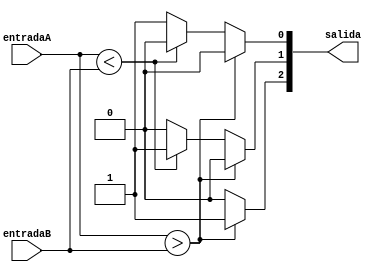
module comparador # ( 
	parameter bitsEntry = 4,
	parameter bitsOut = 3
	)(
	input [bitsEntry-1:0] entradaA,
	input [bitsEntry-1:0] entradaB,
	output reg [bitsOut-1:0] salida
	
);

	always @(entradaA,entradaB)
	begin
		if(entradaA>entradaB)
			begin
				salida[2] = 1;
				salida[1] = 0;
				salida[0] = 0;
			end
		else if(entradaA<entradaB)
			begin
				salida[2] = 0;
				salida[1] = 1;
				salida[0] = 0;	
			end
		else 
			begin
				salida[2] = 0;
				salida[1] = 0;
				salida[0] = 1;			
			end
	end

endmodule